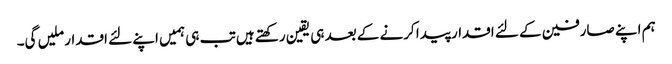
ہم اپنے صارفین کے لئے اقدار پیدا کرنے کے بعد ہی یقین رکھتے ہیں تب ہی ہمیں اپنے لئے اقدار ملیں گی۔